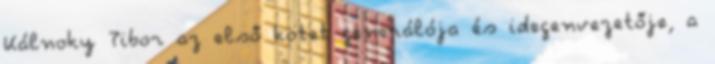
Kálnoky Tibor az első kötet generálója és idegenvezetője, a